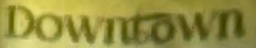
Dowtown